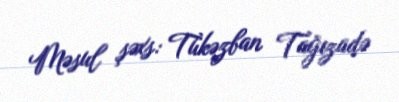
Məsul şəxs: Tükəzban Tağızadə